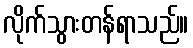
လိုက်သွားတန်ရာသည်။